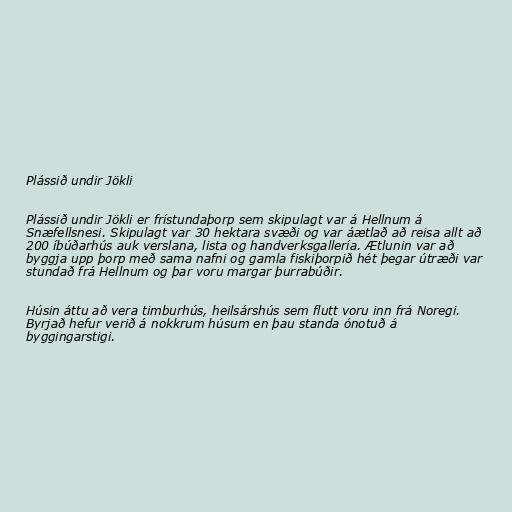
Plássið undir Jökli

Plássið undir Jökli er frístundaþorp sem skipulagt var á Hellnum á
Snæfellsnesi. Skipulagt var 30 hektara svæði og var áætlað að reisa allt að
200 íbúðarhús auk verslana, lista og handverksgallería. Ætlunin var að
byggja upp þorp með sama nafni og gamla fiskiþorpið hét þegar útræði var
stundað frá Hellnum og þar voru margar þurrabúðir.

Húsin áttu að vera timburhús, heilsárshús sem flutt voru inn frá Noregi.
Byrjað hefur verið á nokkrum húsum en þau standa ónotuð á
byggingarstigi.